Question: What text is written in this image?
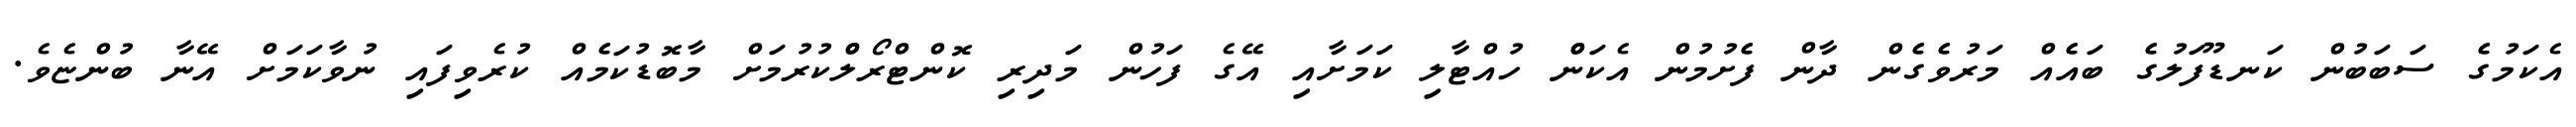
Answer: އެކަމުގެެ ސަބަބުން ކަނޑޫފަލުގެެ ބައެެއް މަރުވެެގެެން ދާން ފެެށުމުން އެކަންް ހުއްޓާލި ކަމަށާއި އޭގެ ފަހުން މަދިރި ކޮންޓްރޯލްްކުރުމަށް މާބޮޑުކަމެެއް ކުރެވިފައި ނުވާކަމަށް އޭނާ ބުންޏެވެ.